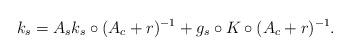
LaTeX: \begin{align*}k_s = A_s k_s \circ (A_c +r)^{-1} + g_s \circ K{}{} \circ (A_c + r)^{-1}.\end{align*}